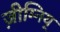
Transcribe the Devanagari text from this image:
ज़ीम्निय्